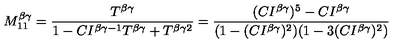
M _ { 1 1 } ^ { \beta \gamma } = \frac { T ^ { \beta \gamma } } { 1 - C I ^ { \beta \gamma - 1 } T ^ { \beta \gamma } + T ^ { \beta \gamma 2 } } = \frac { ( C I ^ { \beta \gamma } ) ^ { 5 } - C I ^ { \beta \gamma } } { ( 1 - ( C I ^ { \beta \gamma } ) ^ { 2 } ) ( 1 - 3 ( C I ^ { \beta \gamma } ) ^ { 2 } ) }